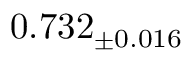
0 . 7 3 2 _ { \pm 0 . 0 1 6 }